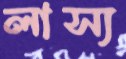
লাস্য